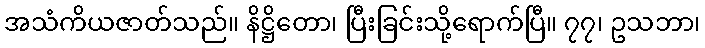
အသံကိယဇာတ်သည်။ နိဋ္ဌိတော၊ ပြီးခြင်းသို့ရောက်ပြီ။ ၇၇၊ ဥသဘာ၊